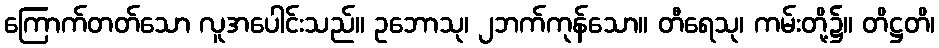
ကြောက်တတ်သော လူအပေါင်းသည်။ ဥဘောသု၊ ၂ဘက်ကုန်သော။ တီရေသု၊ ကမ်းတို့၌။ တိဋ္ဌတိ၊